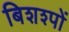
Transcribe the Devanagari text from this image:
बिशश्पों